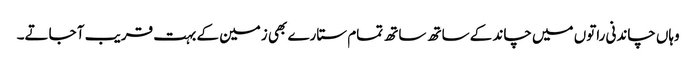
وہاں چاندنی راتوں میں چاند کے ساتھ ساتھ تمام ستارے بھی زمین کے بہت قریب آ جاتے۔